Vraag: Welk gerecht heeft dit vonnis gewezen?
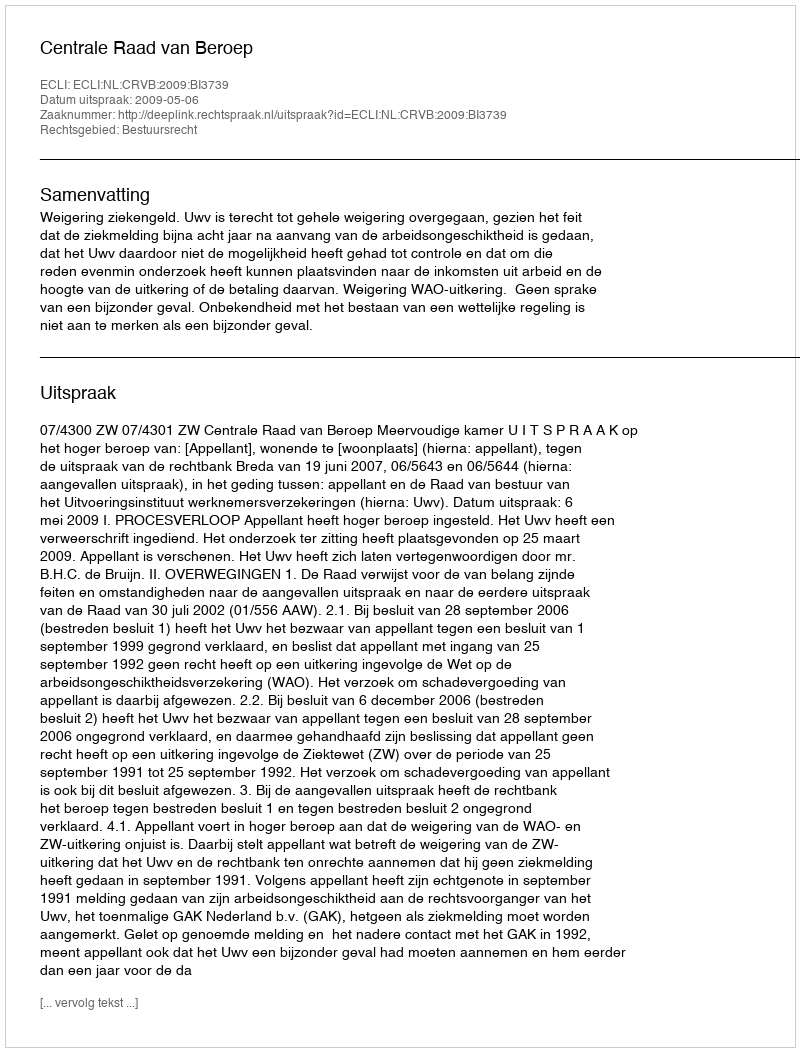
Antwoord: Centrale Raad van Beroep